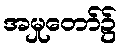
အမှုတော်၌